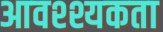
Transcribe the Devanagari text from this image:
आवश्श्यकता